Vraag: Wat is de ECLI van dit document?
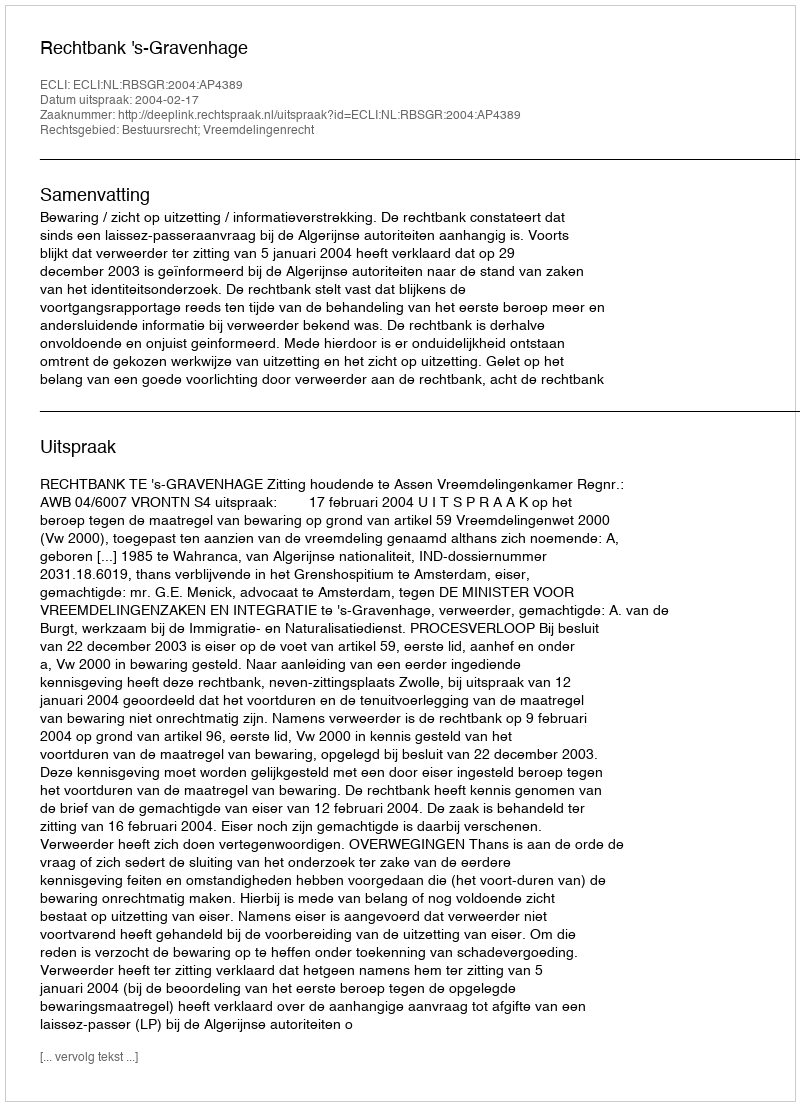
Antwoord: ECLI:NL:RBSGR:2004:AP4389